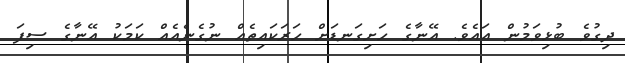
ދިގުވެ ބުޅިވަމުން އައެވެ. އޭނާގެ ހަށިގަނޑަށް ހަރަކައިތެއް ނުގެނެއެއް ކަމަކު އޭނާގެ ސިފަ